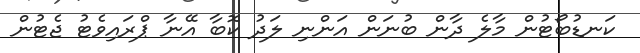
ކަނޑުބޯޓުން މާލެ ދާން ބުނަން އަންނި ލަދު ކޮބާާ އޭނާ ޕްރައިވެޓު ޖެޓުން